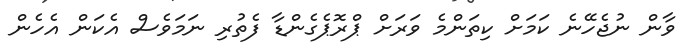
ވާން ނުޖެހޭނެ ކަމަށް ކިތަންމެ ވަރަށް ޕްރޮޕެގެންޑާ ފެތުރި ނަމަވެސް އެކަން އެހެން